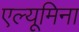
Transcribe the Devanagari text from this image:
एल्यूमिना